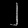
Digit: ၂